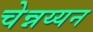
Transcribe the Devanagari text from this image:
चेन्नय्यन